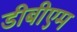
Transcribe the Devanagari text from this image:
डीबीएम